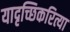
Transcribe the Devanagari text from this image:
यादृच्छिकरित्या